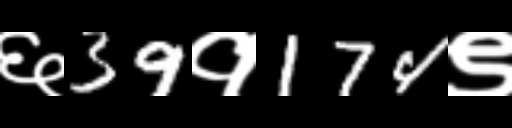
Text: ६39१174९